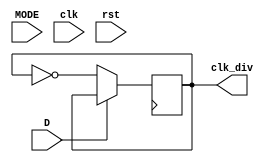
module ClkDivider (

    input [3:0] MODE,
    input clk,
    input D,
    input rst,
    output reg clk_div,
	
 );
 
 wire clock_25;
 wire clock_50;
    always@(posedge clock) begin
	 
		if (D == 1) 
		clk_div <= clk_div;
		else 
		clk_div <= ~clk_div;
		
end
endmodule